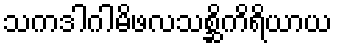
သကဒါဂါမိဖလသစ္ဆိကိရိယာယ